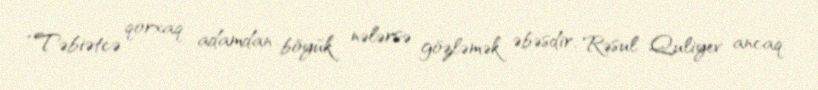
“Təbiətcə qorxaq adamdan böyük nələrsə gözləmək əbəsdir, Rəsul Quliyev ancaq